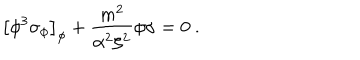
\left[ \phi ^ { 3 } \sigma _ { \phi } \right] _ { \phi } + { \frac { m ^ { 2 } } { \alpha ^ { 2 } \zeta ^ { 2 } } } \phi \sigma = 0 ~ .